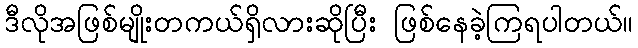
ဒီလိုအဖြစ်မျိုးတကယ်ရှိလားဆိုပြီး ဖြစ်နေခဲ့ကြရပါတယ်။